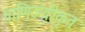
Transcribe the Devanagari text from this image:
वाणिज्यीकृत